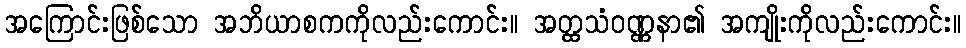
အကြောင်းဖြစ်သော အဘိယာစကကိုလည်းကောင်း။ အတ္ထသံဝဏ္ဏနာ၏ အကျိုးကိုလည်းကောင်း။